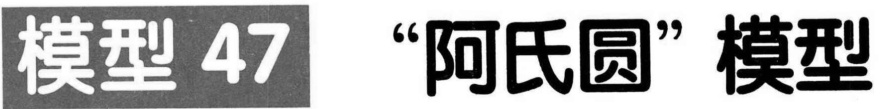
模型 47 “阿氏圆”模型